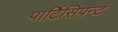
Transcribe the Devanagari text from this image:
पार्टिसिपन्ट